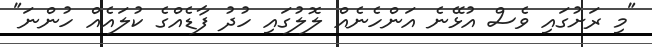
"މި ރަށުގައި ވެސް އުޅޭނެ އަންހެނެއް ލޮލުގައި ހުދު ފާޑެއްގެ ކުލައެއް ހުންނަ"